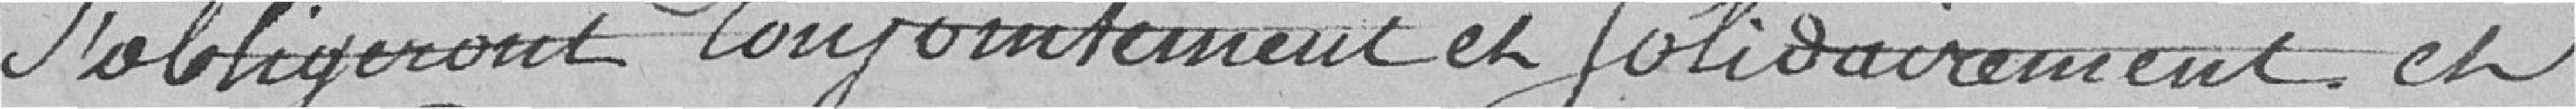
s'obligeront conjointement et solidairement et